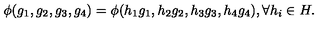
\phi ( g _ { 1 } , g _ { 2 } , g _ { 3 } , g _ { 4 } ) = \phi ( h _ { 1 } g _ { 1 } , h _ { 2 } g _ { 2 } , h _ { 3 } g _ { 3 } , h _ { 4 } g _ { 4 } ) , \forall h _ { i } \in H .